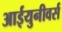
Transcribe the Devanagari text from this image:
आईयुनीवर्स